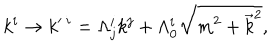
LaTeX: k ^ { i } \rightarrow k ^ { \prime \ i } = \Lambda _ { j } ^ { i } k ^ { j } + \Lambda _ { 0 } ^ { i } \sqrt { m ^ { 2 } + { \vec { k } } ^ { 2 } } ,